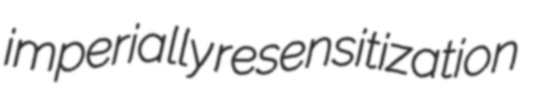
imperially resensitization